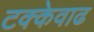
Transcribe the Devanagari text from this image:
टक्केवाढ